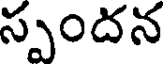
స్పందన